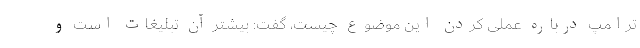
ترامپ درباره عملی کردن این موضوع چیست، گفت: بیشتر آن تبلیغات است و